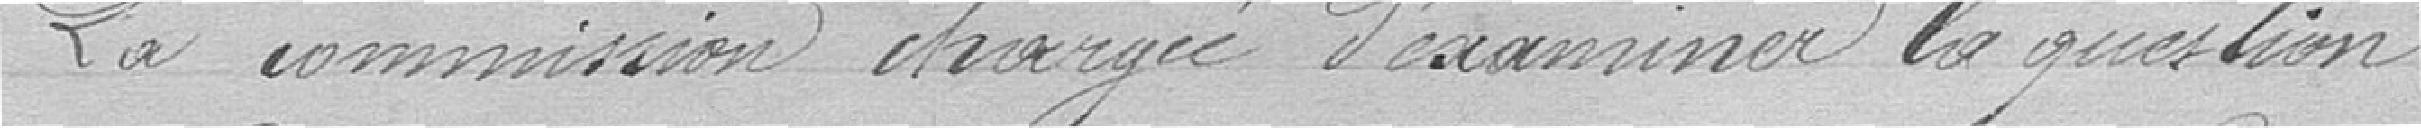
La Commission chargée d'examiner la question